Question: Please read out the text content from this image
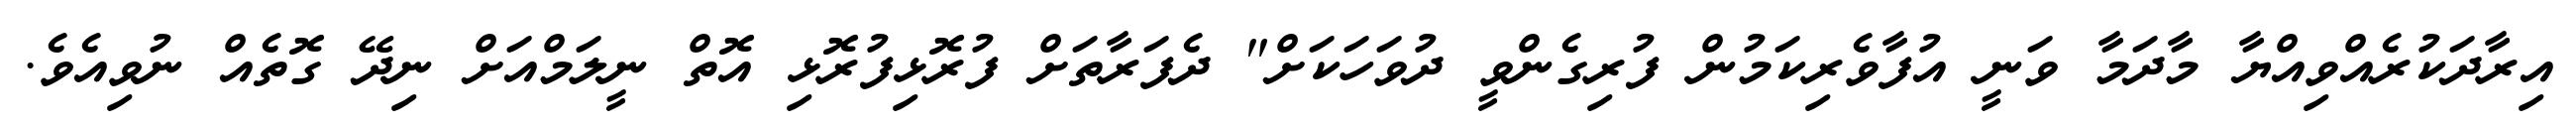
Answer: އިރާދަކުރެއްވިއްޔާ މާދަމާ ވަނީ އުފާވެރިކަމުން ފުރިގެންވީ ދުވަހަކަށް" ދެފަރާތަށް ފުރޮޅިފުރޮޅި އޮތް ނީލަމްއަށް ނިދޭ ގޮތެއް ނުވިއެވެ.